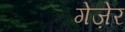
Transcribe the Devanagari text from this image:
गेज़ेर